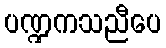
ပဏ္ဍကသညီပေ